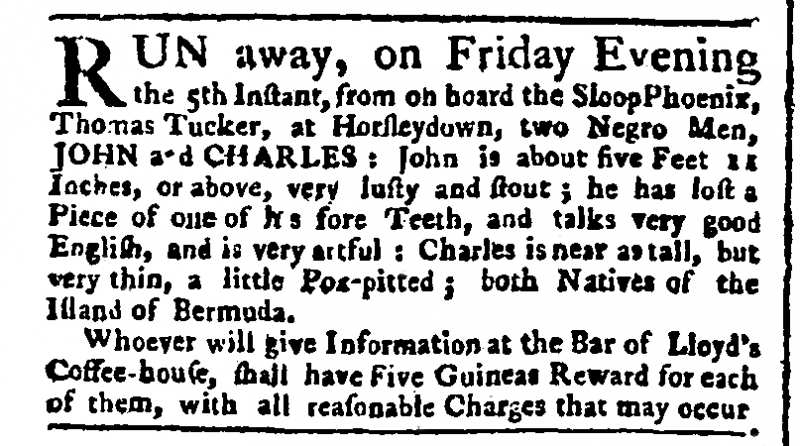
Public Advertiser, 11 August 1768 (England)
RUN away, on Friday Evening the 5th Instant, from on board the Sloop Phoenix, Thomas Tucker, at Horsleydown, two Negro Men, JOHN and CHARLES: John is about 5 Feet 11 Inches, or above, very lusty and stout; he has lost a Piece of one of his fore Teeth, and talks very good English, and is very artful: Charles is near as tall, but very thin, a little Pox-pitted; both Natives of the Island of Bermuda.  Whoever will give Information at the Bar of Lloyd’s Coffee-house, shall have Five Guineas Reward for each of them, with all reasonable Charges that may occur.